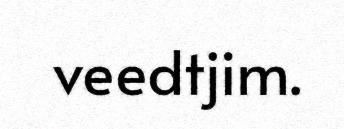
veedtjim.